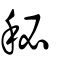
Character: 秘